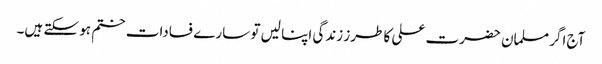
آج اگر مسلمان حضرت علی کا طرز زندگی اپنا لیں تو سارے فسادات ختم ہو سکتے ہیں۔